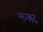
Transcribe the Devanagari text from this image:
क्तन्र्थ्र्द